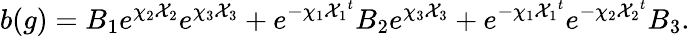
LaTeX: b(g)=B_{1}e^{\chi_{2}{\cal X}_{2}}e^{\chi_{3}{\cal X}_{3}}+e^{-\chi_{1}{{\cal X}_{1}}^{t}}B_{2}e^{\chi_{3}{\cal X}_{3}}+e^{-\chi_{1}{{\cal X}_{1}}^{t}}e^{-\chi_{2}{{\cal X}_{2}}^{t}}B_{3}.